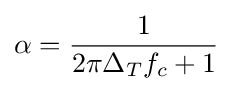
\alpha ={\frac {1}{2\pi \Delta _{T}f_{c}+1}}